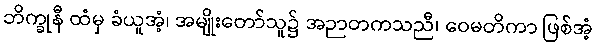
ဘိက္ခုနီ ထံမှ ခံယူအံ့၊ အမျိုးတော်သူ၌ အဉာတကသညီ၊ ဝေမတိကာ ဖြစ်အံ့